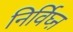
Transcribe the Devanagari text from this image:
निर्विघ्ऩ